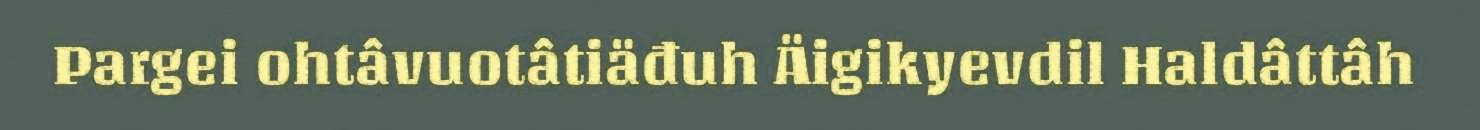
Pargei ohtâvuotâtiäđuh Äigikyevdil Haldâttâh